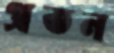
প্রতন